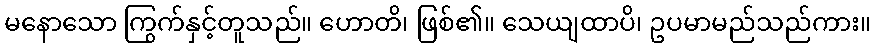
မနောသော ကြွက်နှင့်တူသည်။ ဟောတိ၊ ဖြစ်၏။ သေယျထာပိ၊ ဥပမာမည်သည်ကား။